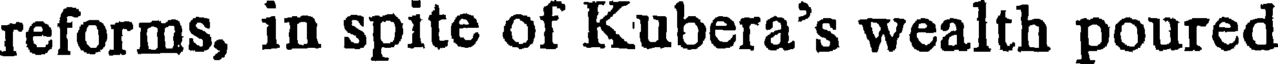
reforms, in spite of Kubera's wealth poured